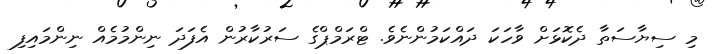
މި ސިޔާސަތާ ދެކޮޅަށް ވާހަކަ ދައްކަމުންނެވެ. ޓްރަމްޕްގެ ސަރުކާރުން އެފަދަ ނިންމުމެއް ނިންމައިފި